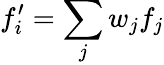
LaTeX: f_{i}^{\prime}=\sum_{j}w_{j}f_{j}